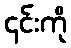
၎င်းကို